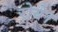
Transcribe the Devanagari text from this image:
रोये।